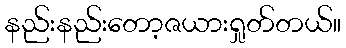
နည်းနည်းတော့ဇယားရှုတ်တယ်။